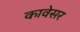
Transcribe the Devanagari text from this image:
कावेसर